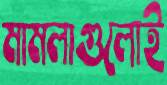
মামলাগুলোই